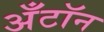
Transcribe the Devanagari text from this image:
अँटॉन